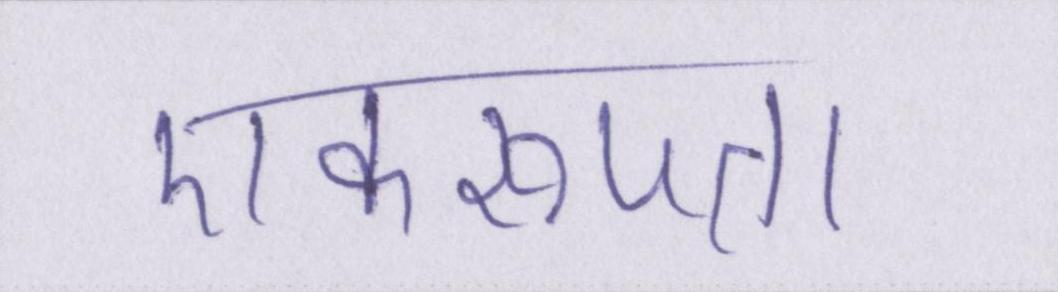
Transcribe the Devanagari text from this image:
एकरूपता